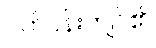
ပတ်ဝန်းကျင်၏